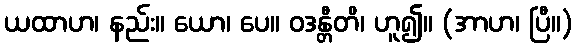
ယထာဟ၊ နည်း။ ယော၊ ပေ။ ဝဒန္တီတိ၊ ဟူ၍။ (အာဟ၊ ပြီ။)